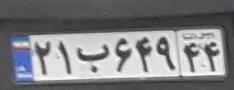
۲۱ب۶۴۹۴۴